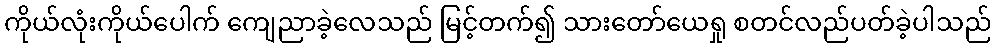
ကိုယ်လုံးကိုယ်ပေါက် ကျေညာခဲ့လေသည် မြင့်တက်၍ သားတော်ယေရှု စတင်လည်ပတ်ခဲ့ပါသည်